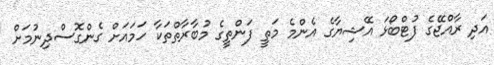
އަދި ރާއްޖޭގެ ފުޓްބޯޅަ އޭޝިޔާގެ އެންމެ މަތީ ފަންތީގެ މުބާރާތްތަކާ ހަމައަށް ގެންގޮސްދިނުމަށް